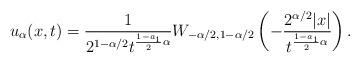
LaTeX: \begin{align*}u_{\alpha}(x,t)=\frac{1}{2^{1-\alpha/2}t^{\frac{1-a_1}{2}\alpha}}W_{-\alpha/2, 1-\alpha/2}\left(-\frac{2^{\alpha/2}|x|}{t^{\frac{1-a_1}{2}\alpha}}\right).\end{align*}